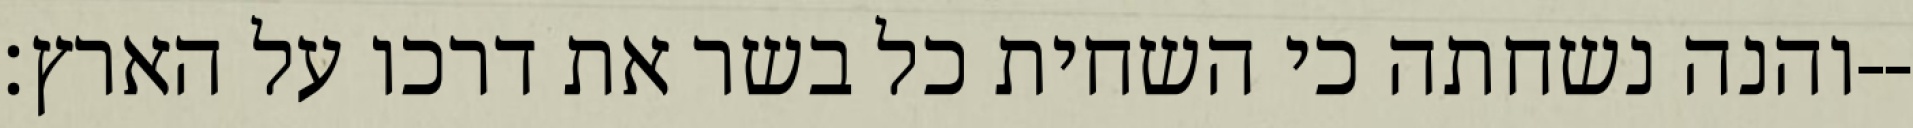
והנה נשחתה כי השחית כל בשר את דרכו על הארץ׃--